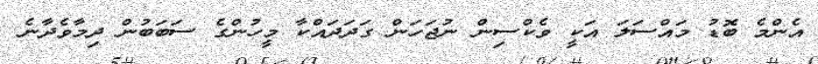
އެންމެ ބޮޑު މައްސަލަ އަކީ ވެކްސިން ނުޖަހަން ގަދަދައްކާ މީހުންގެ ސަބަބުން ދިމާވެދާނެ